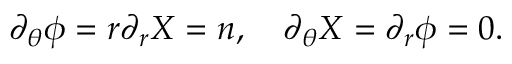
\partial _ { \theta } \phi = r \partial _ { r } X = n , \quad \partial _ { \theta } X = \partial _ { r } \phi = 0 .